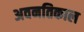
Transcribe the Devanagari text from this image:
अवनतिकाल